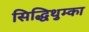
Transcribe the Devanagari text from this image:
सिद्धिथुम्का